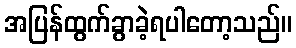
အပြန်ထွက်ခွာခဲ့ရပါတော့သည်။